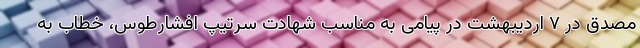
مصدق در ۷ اردیبهشت در پیامی به مناسب شهادت سرتیپ افشارطوس، خطاب به